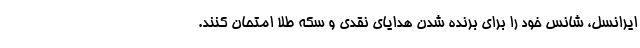
ایرانسل، شانس خود را برای برنده شدن هدایای نقدی و سکه طلا امتحان کنند.